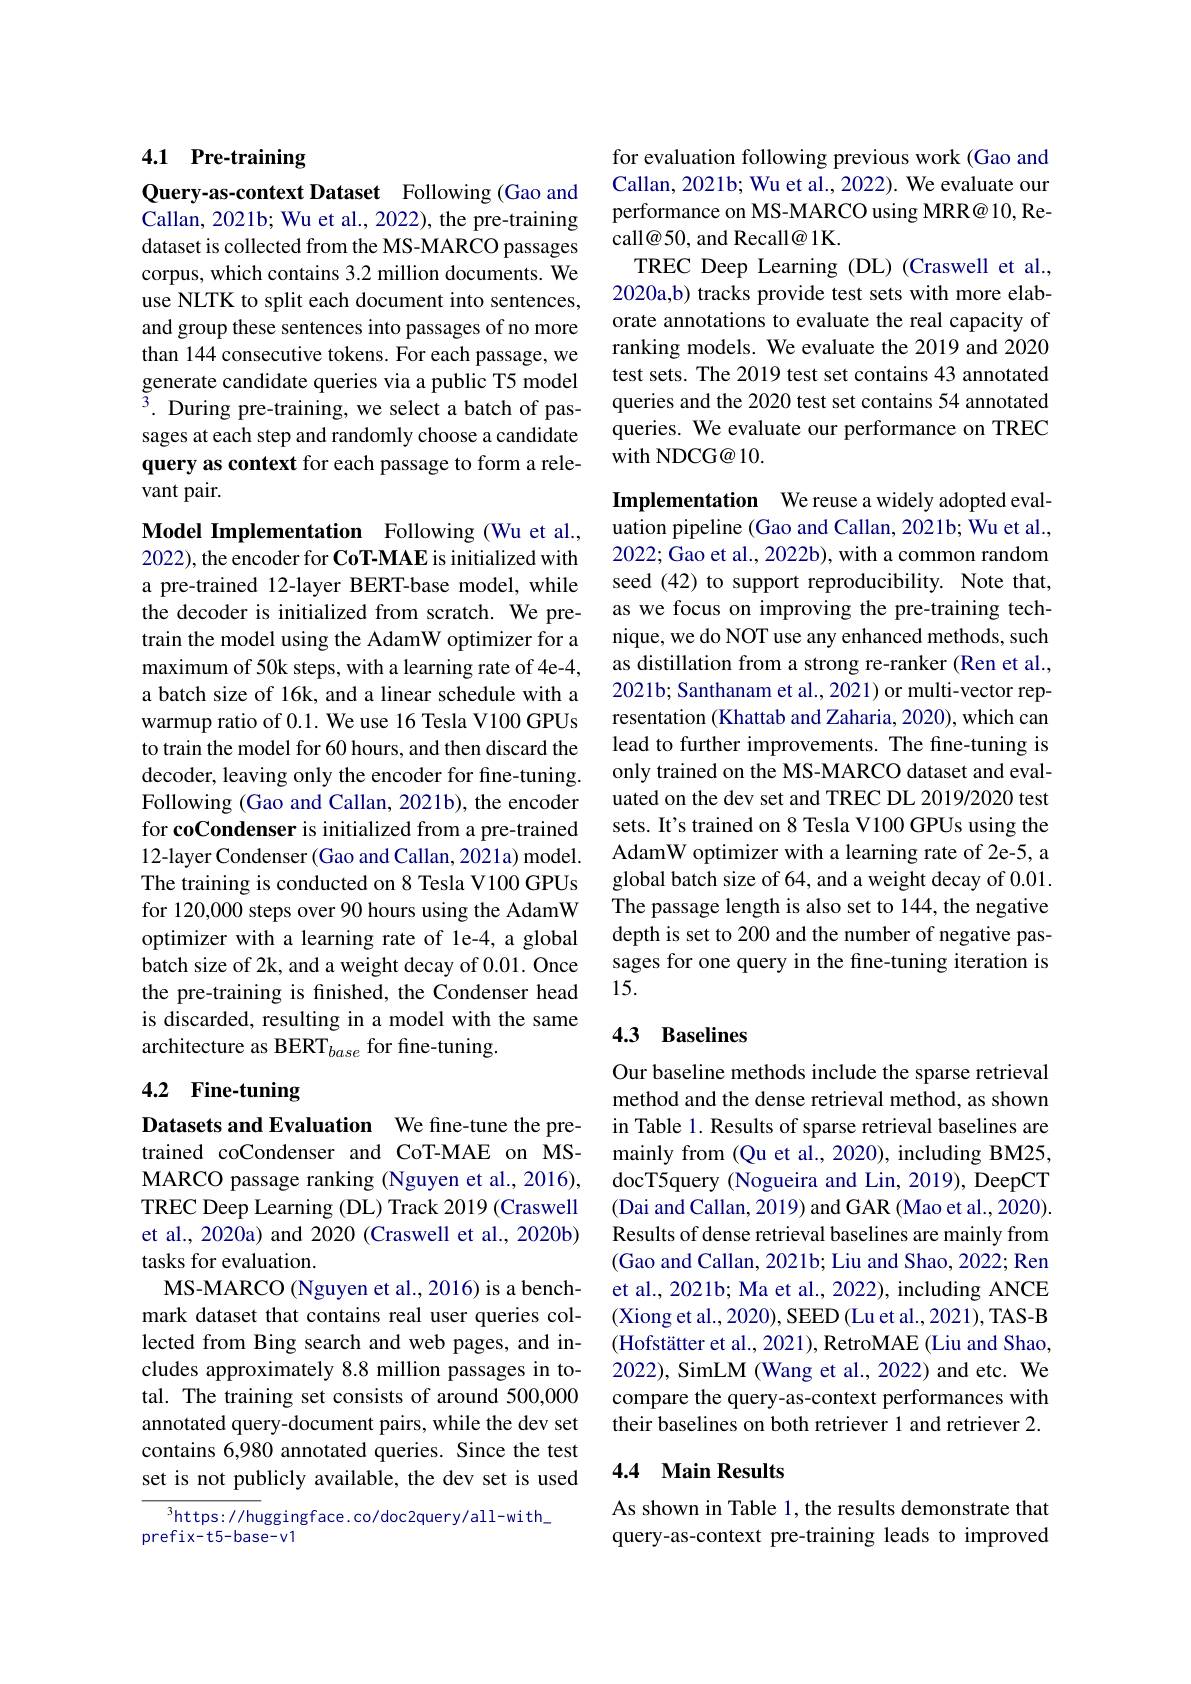
## 4.1 Pre-training

Query-as-context Dataset Following (Gao and Callan, 2021b; Wu et al., 2022), the pre-training dataset is collected from the MS-MARCO passages corpus, which contains 3.2 million documents. We use NLTK to split each document into sentences, and group these sentences into passages of no more than 144 consecutive tokens. For each passage, we generate candidate queries via a public T5 model ${}^{5}.$ During pre-training, we select a batch of passages at each step and randomly choose a candidate query as context for each passage to form a relevant pair.

Model Implementation Following (Wu et al., 2022),the encoder for CoT-MAE is initialized with a pre-trained 12-layer BERT-base model, while the decoder is initialized from scratch. We pretrain the model using the AdamW optimizer for a maximum of 50k steps, with a learning rate of 4e-4, a batch size of 16k, and a linear schedule with a warmup ratio of 0.1. We use 16 Tesla V100 GPUs to train the model for 60 hours, and then discard the decoder, leaving only the encoder for fine-tuning. Following (Gao and Callan, 2021b), the encoder for coCondenser is initialized from a pre-trained 12-layer Condenser (Gao and Callan, 2021a) model. The training is conducted on 8 Tesla V100 GPUs for 120,000 steps over 90 hours using the AdamW optimizer with a learning rate of le-4, a global batch size of 2k, and a weight decay of 0.01. Once the pre-training is finished, the Condenser head is discarded, resulting in a model with the same architecture as BERT$_base$ for fine-tuning.

## 4.2 Fine-tuning

Datasets and Evaluation We fine-tune the pretrained coCondenser and CoT-MAE on MSMARCO passage ranking (Nguyen et al., 2016), TREC Deep Learning (DL) Track 2019 (Craswell et al., 2020a) and 2020 (Craswell et al., 2020b) tasks for evaluation.
MS-MARCO (Nguyen et al., 2016) is a benchmark dataset that contains real user queries collected from Bing search and web pages, and includes approximately 8.8 million passages in total. The training set consists of around 500,000 annotated query-document pairs, while the dev set contains 6,980 annotated queries. Since the test set is not publicly available, the dev set is used

$^{3}$https: // huggingface. co/ doc2query/ all-with\_
prefix-t5-base-v1

for evaluation following previous work (Gao and Callan, 2021b; Wu et al., 2022). We evaluate our performance on MS-MARCO using MRR@ 10, Recall@50, and Recall@ 1K
TREC Deep Learning (DL) (Craswell et al., 2020a,b) tracks provide test sets with more elaborate annotations to evaluate the real capacity of ranking models. We evaluate the 2019 and 2020 test sets. The 2019 test set contains 43 annotated queries and the 2020 test set contains 54 annotated queries. We evaluate our performance on TREC with NDCG@10.

Implementation We reuse a widely adopted evaluation pipeline (Gao and Callan, 2021b; Wu et al., 2022; Gao et al., 2022b), with a common random seed (42) to support reproducibility. Note that, as we focus on improving the pre-training technique, we do NOT use any enhanced methods, such as distillation from a strong re-ranker (Ren et al., 2021b; Santhanam et al., 2021) or multi-vector representation (Khattab and Zaharia, 2020), which can lead to further improvements. The fine-tuning is only trained on the MS-MARCO dataset and evaluated on the dev set and TREC DL 2019/2020 test sets. It's trained on 8 Tesla V100 GPUs using the AdamW optimizer with a learning rate of 2e-5, a global batch size of 64, and a weight decay of 0.01. The passage length is also set to 144, the negative depth is set to 200 and the number of negative passages for one query in the fine-tuning iteration is 15.

## 4.3 Baselines

Our baseline methods include the sparse retrieval method and the dense retrieval method, as shown in Table 1. Results of sparse retrieval baselines are mainly from (Qu et al., 2020), including BM25, docT5query (Nogueira and Lin, 2019), DeepCT (Dai and Callan, 2019) and GAR (Mao et al., 2020). Results of dense retrieval baselines are mainly from (Gao and Callan, 2021b; Liu and Shao, 2022; Rem et al., 2021b; Ma et al., 2022), including ANCE (Xiong et al., 2020), SEED(Lu et al., 2021), TAS-B (Hofstätter et al., 2021), RetroMAE (Liu and Shao, 2022), SimLM (Wang et al., 2022) and etc. We compare the query-as-context performances with their baselines on both retriever 1 and retriever 2.

## 4.4 Main Results

As shown in Table 1, the results demonstrate that query-as-context pre-training leads to improved